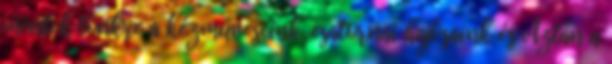
mentek tönkre a kézműveseink, csatornai hajósaink és Aztán a